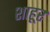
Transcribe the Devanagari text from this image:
शाहूर